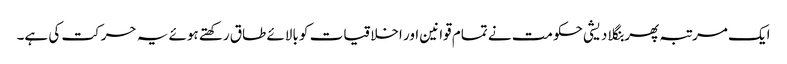
ایک مرتبہ پھر بنگلا دیشی حکومت نے تمام قوانین اور اخلاقیات کو بالائے طاق رکھتے ہوئے یہ حرکت کی ہے۔